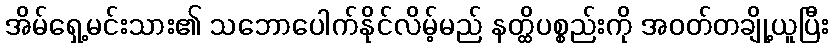
အိမ်ရှေ့မင်းသား၏ သဘောပေါက်နိုင်လိမ့်မည် နတ္ထိပစ္စည်းကို အဝတ်တချို့ယူပြီး